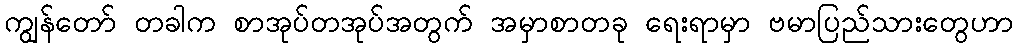
ကျွန်တော် တခါက စာအုပ်တအုပ်အတွက် အမှာစာတခု ရေးရာမှာ ဗမာပြည်သားတွေဟာ